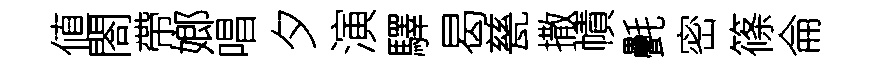
値閤帶嫏唱夕演驛曷甆撒幘㲲密篠侖